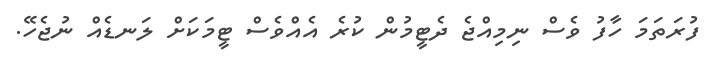
ފުރަތަމަ ހާފު ވެސް ނިމިއްޖެ ދެޓީމުން ކުރެ އެއްވެސް ޓީމަކަށް ލަނޑެއް ނުޖެހޭ.